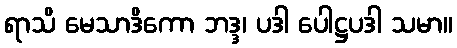
ရာသိ မေသာဒိကော ဘဒ္ဒ၊ ပဒါ ပေါဋ္ဌပဒါ သမာ။